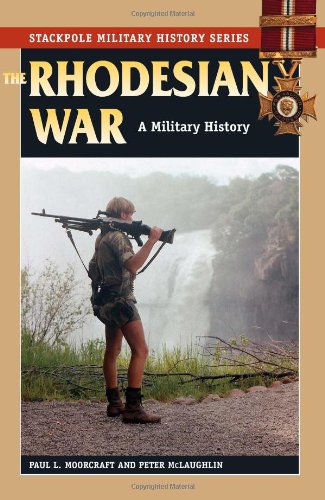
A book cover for The Rhodesian War: A Military History (Stackpole Military History Series); Paul L. Moorcraft; History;